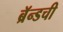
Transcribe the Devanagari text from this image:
ब्रॅन्डची